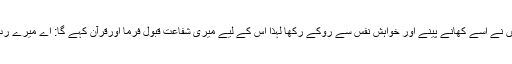
میں نے اسے کھانے پینے اور خواہشِ نفس سے روکے رکھا لہٰذا اس کے لیے میری شفاعت قبول فرما اورقرآن کہے گا: اے میرے رب!